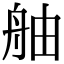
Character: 舳